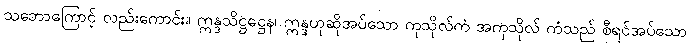
သဘောကြောင့် လည်းကောင်း။ ဣန္ဒသိဋ္ဌဋ္ဌေန၊ ဣန္ဒဟုဆိုအပ်သော ကုသိုလ်ကံ အကုသိုလ် ကံသည် စီရင်အပ်သော